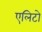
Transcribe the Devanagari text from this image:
एलिटो